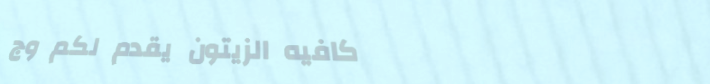
كافيه الزيتون يقدم لكم وج